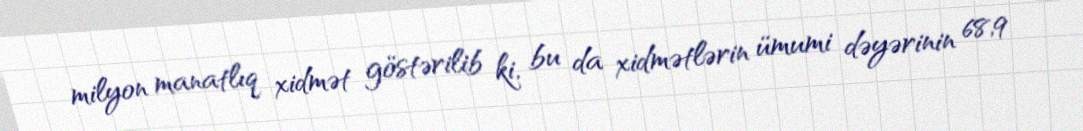
milyon manatlıq xidmət göstərilib ki, bu da xidmətlərin ümumi dəyərinin 68,9